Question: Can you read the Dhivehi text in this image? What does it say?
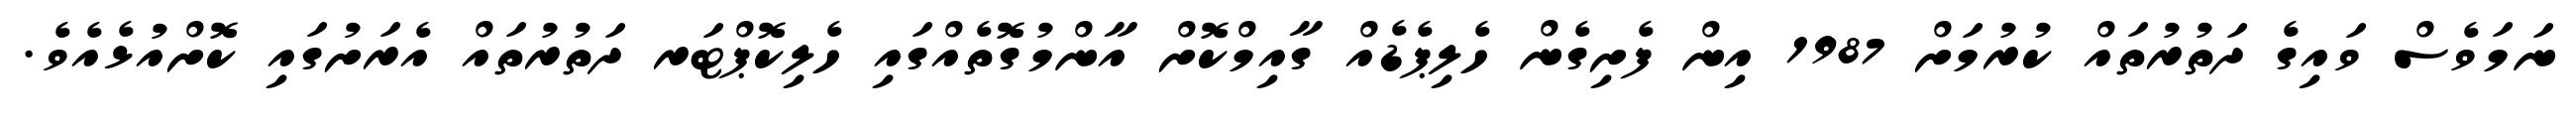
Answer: ނަމަވެސް ވައިގެ ދަތުރުތައް ކުރުމަށް 1987 އިން ފެށިގެން ހެލިޕެޑެއް ގާއިމްކޮށް އާންމުގޮތެއްގައި ހެލިކޮޕްޓަރ ދަތުރުތައް އެރަށުގައި ކޮށްއުޅެއެވެ.